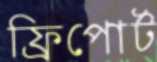
ফ্রিপোর্ট